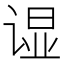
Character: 𲂒